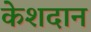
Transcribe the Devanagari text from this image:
केशदान